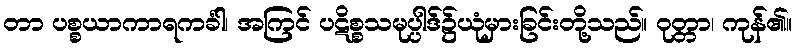
တာ ပစ္စယာကာရကင်္ခါ၊ အကြင် ပဋိစ္စသမုပ္ပါဒ်၌ယုံမှားခြင်းတို့သည်။ ဝုတ္တာ၊ ကုန်၏။